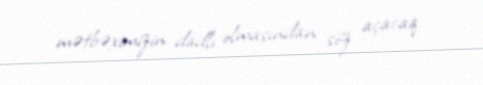
mətbəximizin dadlı olmasından söz açacaq.